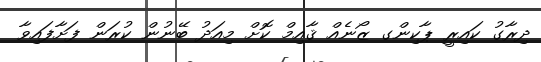
ދިރާގު ކައިރީ ޕާކިންގ ޒޯނެއް ޤާއިމް ކޮށް މިއަދު ބޭނުން ކުރަން ފަށާފައިވާ